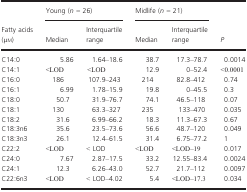
<table><thead><tr><td rowspan="2"><b>Fatty acids (μm)</b></td><td colspan="2"><b>Young (<i>n</i> = 26)</b></td><td colspan="2"><b>Midlife (<i>n</i> = 21)</b></td><td rowspan="2"><b><i>P</i></b></td></tr><tr><td><b>Median</b></td><td><b>Interquartile range</b></td><td><b>Median</b></td><td><b>Interquartile range</b></td></tr></thead><tbody><tr><td>C14:0</td><td>5.86</td><td>1.64–18.6</td><td>38.7</td><td>17.3–78.7</td><td>0.0014</td></tr><tr><td>C14:1</td><td>&lt;LOD</td><td>&lt;LOD</td><td>12.9</td><td>0–52.4</td><td>&lt;0.0001</td></tr><tr><td>C16:0</td><td>186</td><td>107.9–243</td><td>214</td><td>82.8–412</td><td>0.74</td></tr><tr><td>C16:1</td><td>6.99</td><td>1.78–15.9</td><td>19.8</td><td>0–45.5</td><td>0.3</td></tr><tr><td>C18:0</td><td>50.7</td><td>31.9–76.7</td><td>74.1</td><td>46.5–118</td><td>0.07</td></tr><tr><td>C18:1</td><td>130</td><td>63.3–327</td><td>235</td><td>133–470</td><td>0.035</td></tr><tr><td>C18:2</td><td>31.6</td><td>6.99–66.2</td><td>18.3</td><td>11.3–67.3</td><td>0.67</td></tr><tr><td>C18:3n6</td><td>35.6</td><td>23.5–73.6</td><td>56.6</td><td>48.7–120</td><td>0.049</td></tr><tr><td>C18:3n3</td><td>26.1</td><td>12.4–61.5</td><td>31.4</td><td>6.75–77.2</td><td>1</td></tr><tr><td>C22:2</td><td>&lt;LOD</td><td>&lt; LOD</td><td>&lt;LOD</td><td>&lt;LOD–19</td><td>0.017</td></tr><tr><td>C24:0</td><td>7.67</td><td>2.87–17.5</td><td>33.2</td><td>12.55–83.4</td><td>0.0024</td></tr><tr><td>C24:1</td><td>12.3</td><td>6.26–43.0</td><td>52.7</td><td>21.7–112</td><td>0.0097</td></tr><tr><td>C22:6n3</td><td>&lt;LOD</td><td>&lt; LOD–4.02</td><td>5.4</td><td>&lt;LOD–17.3</td><td>0.034</td></tr></tbody></table>